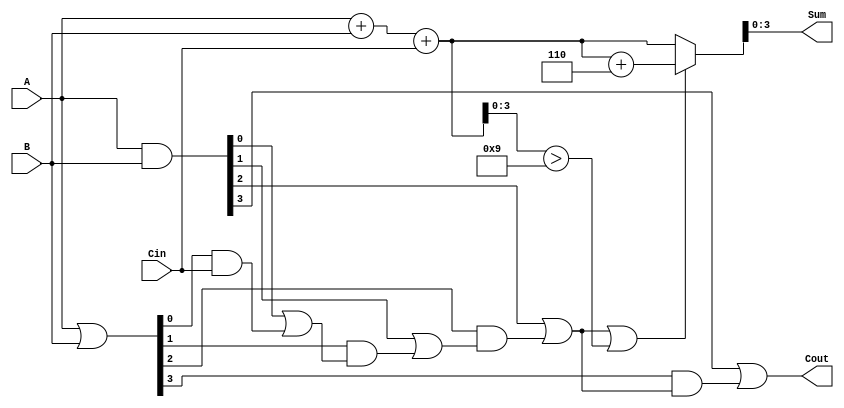
module BCD_Carry_Lookahead_Adder (
    input  wire [3:0] A,      // BCD digit A
    input  wire [3:0] B,      // BCD digit B
    input  wire Cin,          // Carry input
    output wire [3:0] Sum,    // BCD sum output
    output wire Cout          // Carry output
);

    // Intermediate signals
    wire [4:0] S;             // 5-bit sum (4 bits for data + 1 for carry)
    wire [3:0] G;             // Generate signals
    wire [3:0] P;             // Propagate signals
    wire C1, C2, C3;          // Carry signals

    // Step 1: Calculate the sum S = A + B + Cin
    assign S = {1'b0, A} + {1'b0, B} + Cin; // 5-bit sum to include carry

    // Step 2: Generate and propagate signals
    assign G = A & B;         // G[i] = A[i] AND B[i]
    assign P = A | B;         // P[i] = A[i] OR B[i]

    // Step 3: Carry calculation using carry lookahead logic
    assign C1 = G[0] | (P[0] & Cin);  // C1 = G0 + (P0 AND Cin)
    assign C2 = G[1] | (P[1] & C1);    // C2 = G1 + (P1 AND C1)
    assign C3 = G[2] | (P[2] & C2);    // C3 = G2 + (P2 AND C2)
    assign Cout = G[3] | (P[3] & C3);  // Cout = G3 + (P3 AND C3)

    // Step 4: BCD correction logic
    // If C3 is high or if S[3:0] > 9, add 6 (0110 in binary)
    wire [4:0] corrected_S = (C3 || S[3:0] > 4'd9) ? (S + 5'b0110) : S;

    // Step 5: Assign outputs
    assign Sum = corrected_S[3:0];  // 4 bits sum output
    assign Cout = corrected_S[4];    // Final carry output

endmodule